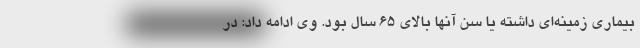
بیماری زمینه‌ای داشته یا سن آنها بالای ۶۵ سال بود. وی ادامه داد: در